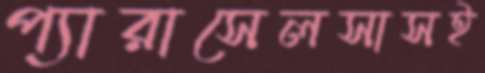
প্যারাসেলসাসই